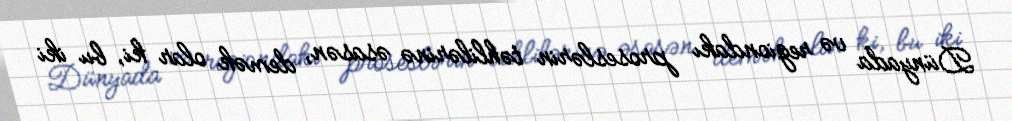
Dünyada və regiondakı proseslərin təhlilərinə əsasən, demək olar ki, bu iki